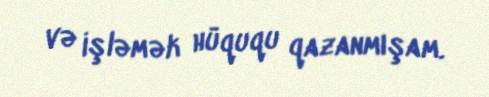
və işləmək hüququ qazanmışam.